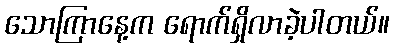
သောကြာနေ့က ရောက်ရှိလာခဲ့ပါတယ်။